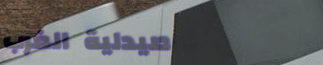
صيدلية الغرب